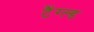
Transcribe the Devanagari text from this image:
टैंग्ल्ड